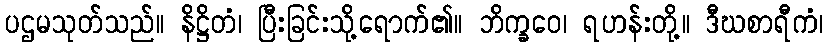
ပဌမသုတ်သည်။ နိဋ္ဌိတံ၊ ပြီးခြင်းသို့ရောက်၏။ ဘိက္ခဝေ၊ ရဟန်းတို့။ ဒီဃစာရီကံ၊